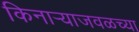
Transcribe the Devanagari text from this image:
किनार्‍याजवळच्या